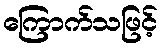
ကြောက်သဖြင့်